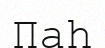
Паһ